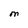
Character: M